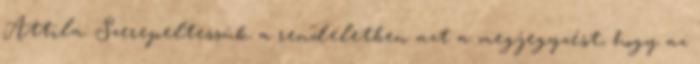
Attila: Szerepeltessük a rendeletben azt a megjegyzést, hogy az